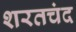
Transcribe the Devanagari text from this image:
शरतचंद